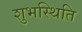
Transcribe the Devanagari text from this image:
शुभस्थिति